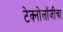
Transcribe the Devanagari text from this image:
टेक्नोलॉजीचा